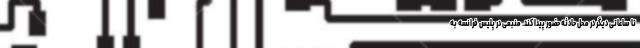
تا ساعاتی دیگر در محل حادثه حضور پیدا کند. منبعی در پلیس فرانسه به